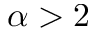
\alpha > 2